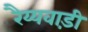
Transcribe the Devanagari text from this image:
रैय्यवाड़ी